Annual report on the Civil Veterinary Department, Burma (including the Insein Veterinary School) - 1910-1922
Year: 1910
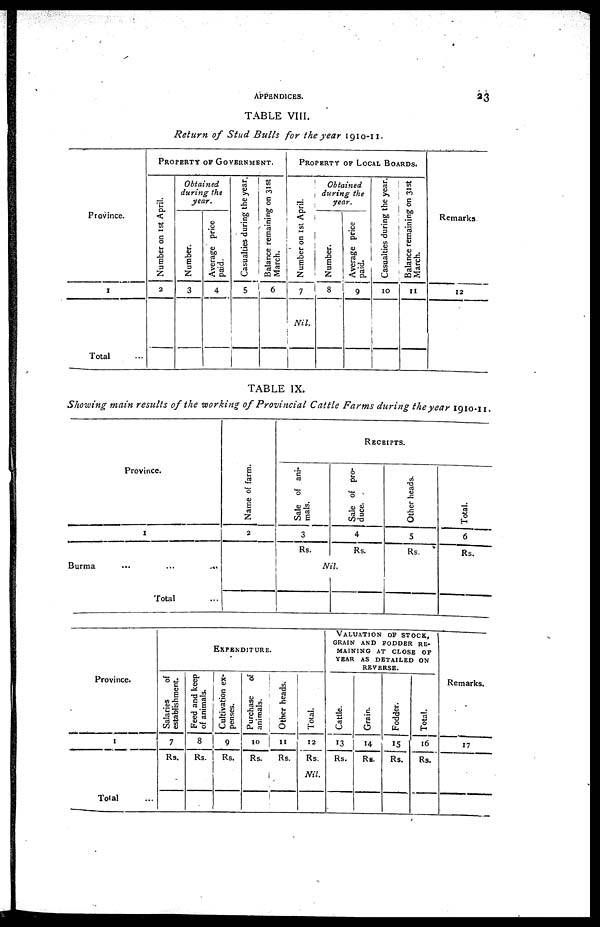
APPENDICES.
23
TABLE VIII.
Return of Stud Bulls for the year 1910-11.
Province.
1
Total ...
PROPERTY OP GOVERNMENT.
Nu mb e r on 1st Apri l .
2
Obtained
during the
year.
Number.
3
Average price
paid.
4
Casualties during the year.
5
Balance remaining on 31st
March.
6
PROPERTY OF LOCAL BOARDS.
Number on 1st April.
7
Nil.
Obtained
during the
year.
Number.
8
Average price
paid.
9
Casualties during the year.
10
Balance remaining on 31st
March.
11
Remarks
12
TABLE IX.
Showing main results of the working of Provincial Cattle Farms during the year 1910-11.
Province.
1
Burma
...
... ...
Total ...
Na me of f ar m.
2
Sal e of ani-
mals.
3
-
Rs.
RECEIPTS.
Sale of pro-
duce.
4
Rs.
Nil.
Other heads.
5
Rs.
Total.
6
Rs.
Province.
1
Total ...
EXPENDITURE.
Salaries
of
establishment.
7
Rs.
Feed and keep
of animals.
8
Rs.
Cultivation ex-
penses.
9
Rs.
Purchase of
animals.
10
Rs.
Other heads.
11
Rs.
Total.
12
Rs.
Nil.
VALUATION OF STOCK,
GRAIN AND FODDER RE-
MAINING AT CLOSE OF
YEAR AS DETAILED ON
Cattle.
13
Rs.
REVERSE.
Grain.
14
Rs.
Fodder.
15
Rs.
Total.
16
Rs.
Remarks.
17